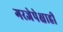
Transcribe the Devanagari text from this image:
गरजेपेक्षाही